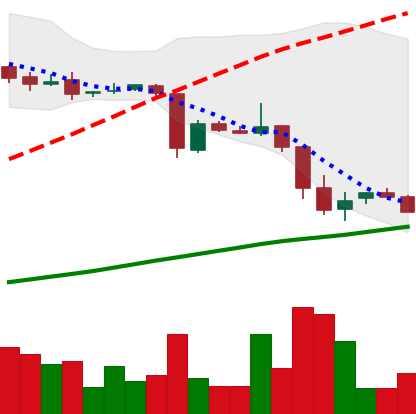
Ticker: DOGE-USD
Chart end date: 2018-10-22
Forward return: -3.917%
Label: down_3_5